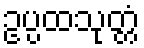
ဥပ္ပထသုတ္တံ